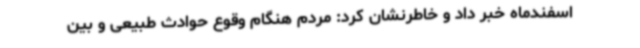
اسفندماه خبر داد و خاطرنشان کرد: مردم هنگام وقوع حوادث طبیعی و بین